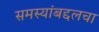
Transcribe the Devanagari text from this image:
समस्यांबद्दलचा